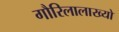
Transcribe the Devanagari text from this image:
गौरिलालाख्यो